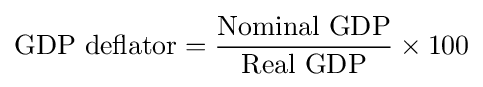
\operatorname {GDP\ deflator} ={\frac {\operatorname {Nominal\ GDP} }{\operatorname {Real\ GDP} }}\times 100